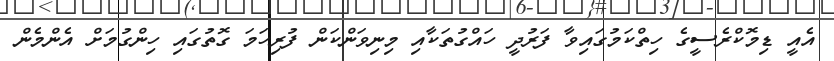
އެއީ ޑިމޮކްރެސީގެ ހިތްކަމުގައިވާ ފަރުދީ ހައްގުތަކާއި މިނިވަންކަން ފުރިހަމަ ގޮތުގައި ހިންގުމަށް އެންމެން